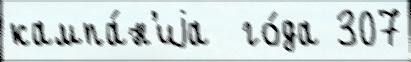
кампа́н'иjа  го́да 307